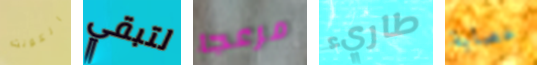
الكونت لتبقي مزعجا طاريء عصابة